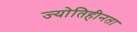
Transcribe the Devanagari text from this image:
ज्योतिहीनता